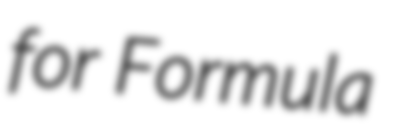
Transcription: for Formula